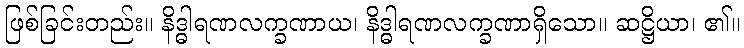
ဖြစ်ခြင်းတည်း။ နိဒ္ဓါရဏလက္ခဏာယ၊ နိဒ္ဓါရဏလက္ခဏာရှိသော။ ဆဋ္ဌိယာ၊ ၏။